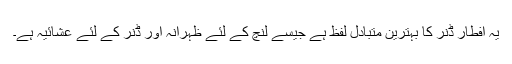
یہ افطار ڈنر کا بہترین متبادل لفظ ہے جیسے لنچ کے لئے ظہرانہ اور ڈنر کے لئے عشائیہ ہے۔